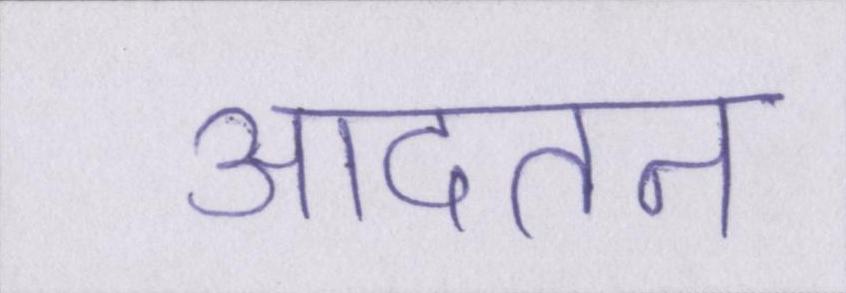
आदतन